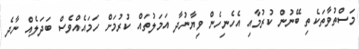
މަސްތުވާތަކެތި ބޭނުން ކުރުމާއި އެހެނިހެން ވިޔާނުދާ އަމަލުތައް ކުރުމަށް ހަމައެއްވެސް ބަދަލެއް ނާދެ